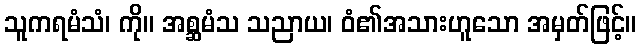
သူကရမံသံ၊ ကို။ အစ္ဆမံသ သညာယ၊ ဝံ၏အသားဟူသော အမှတ်ဖြင့်။